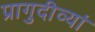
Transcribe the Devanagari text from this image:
प्रागुदीव्यां